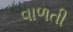
વાળતી